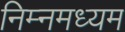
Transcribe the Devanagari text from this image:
निम्नमध्यम